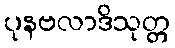
ပုနဗလာဒိသုတ္တ